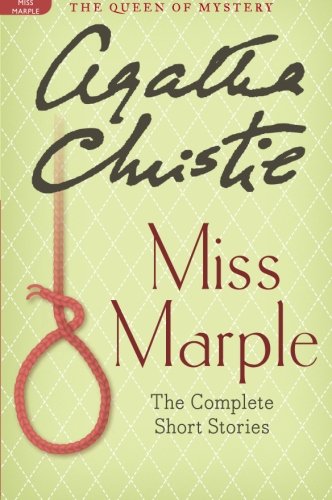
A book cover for Miss Marple: The Complete Short Stories: A Miss Marple Collection (Miss Marple Mysteries); Agatha Christie; Mystery, Thriller & Suspense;